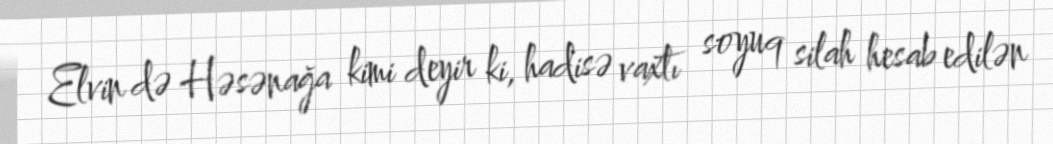
Elvin də Həsənağa kimi deyir ki, hadisə vaxtı soyuq silah hesab edilən